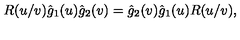
R ( u / v ) \hat { g } _ { 1 } ( u ) \hat { g } _ { 2 } ( v ) = \hat { g } _ { 2 } ( v ) \hat { g } _ { 1 } ( u ) R ( u / v ) ,